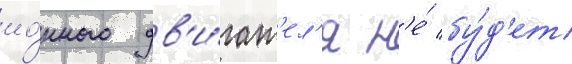
ио́нного дв'и́гат'ел'я н'е́ бу́д'ет